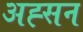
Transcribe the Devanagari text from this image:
अह्सन